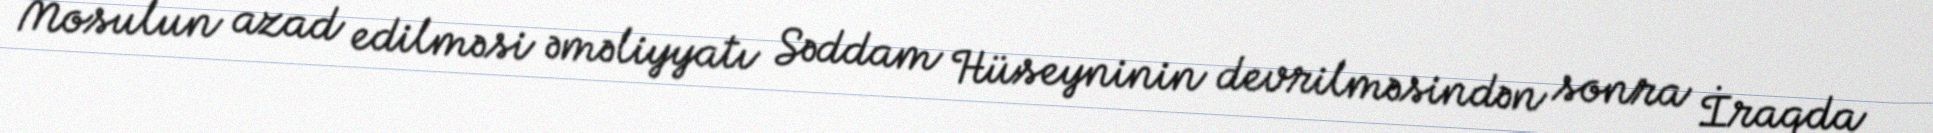
Mosulun azad edilməsi əməliyyatı Səddam Hüseyninin devrilməsindən sonra İraqda